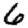
Digit: 6